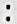
: